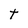
Character: t